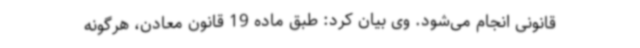
قانونی انجام می‌شود. وی بیان کرد: طبق ماده 19 قانون معادن، هرگونه